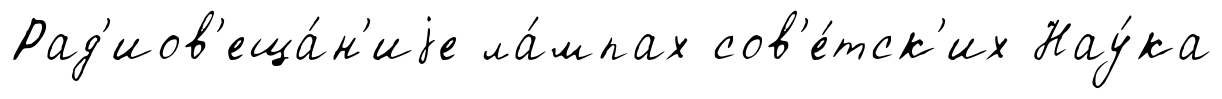
Рад'иов'еща́н'иjе ла́мпах сов'е́тск'их Нау́ка